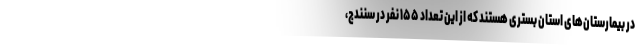
در بیمارستان‌های استان بستری هستند که از این تعداد ۱۵۵ نفر در سنندج،